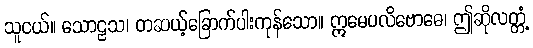
သူငယ်။ သောဠသ၊ တဆယ့်ခြောက်ပါးကုန်သော။ ဣမေပလိဗောဓေ၊ ဤဆိုလတ္တံ့